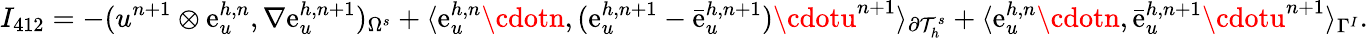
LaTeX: I_{412}=-(u^{n+1}\otimes\mathrm{e}_{u}^{h,n},\nabla\mathrm{e}_{u}^{h,n+1})_{\Omega^{s}}+\langle\mathrm{e}_{u}^{h,n}\cdotn,(\mathrm{e}_{u}^{h,n+1}-\bar{{\mathrm{e}}}_{u}^{h,n+1})\cdotu^{n+1}\rangle_{\partial\mathcal{{T}}_{h}^{s}}+\langle\mathrm{e}_{u}^{h,n}\cdotn,\bar{{\mathrm{e}}}_{u}^{h,n+1}\cdotu^{n+1}\rangle_{\Gamma^{I}}.